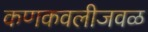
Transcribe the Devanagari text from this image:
कणकवलीजवळ